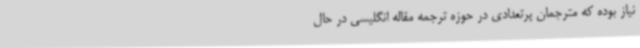
نیاز بوده که مترجمان پرتعدادی در حوزه ترجمه مقاله انگلیسی در حال